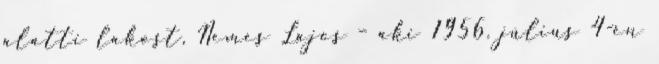
alatti lakost, Nemes Lajos – aki 1956. július 4-én